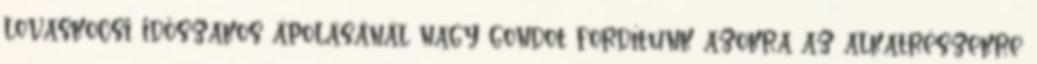
lovaskocsi időszakos ápolásánál nagy gondot fordítunk azokra az alkatrészekre